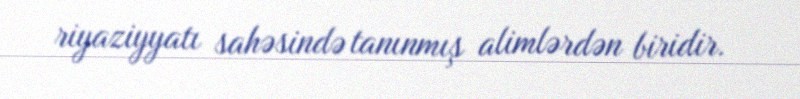
riyaziyyatı sahəsində tanınmış alimlərdən biridir.